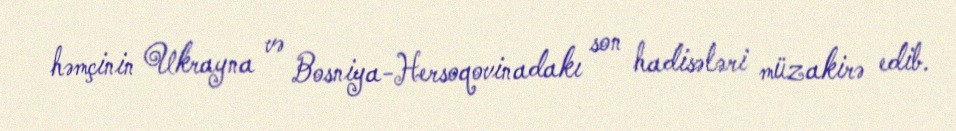
həmçinin Ukrayna və Bosniya-Hersoqovinadakı son hadisələri müzakirə edib.